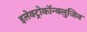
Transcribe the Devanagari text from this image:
इलेक्ट्रोकॉन्क्लुजिव